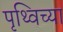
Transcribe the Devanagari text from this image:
पृथ्विच्या